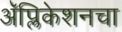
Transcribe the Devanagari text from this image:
अॅप्लिकेशनचा